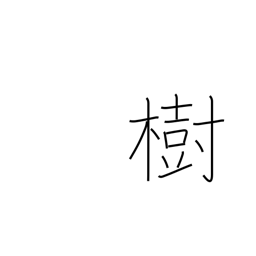
Meaning: establish